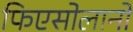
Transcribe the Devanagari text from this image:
फिएसोलानो